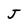
Character: J